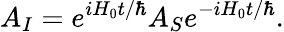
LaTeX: A_{I}=e^{iH_{0}t/\hbar}A_{S}e^{-iH_{0}t/\hbar}.